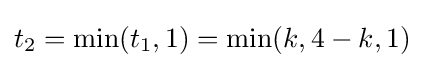
t_{2}=\min(t_{1},1)=\min(k,4-k,1)